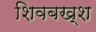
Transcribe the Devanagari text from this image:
शिवबख्श